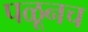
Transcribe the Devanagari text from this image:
पळूनच